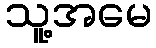
သူ့အမေ